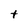
Character: t